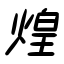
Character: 煌